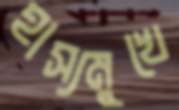
হাস্যমুখে